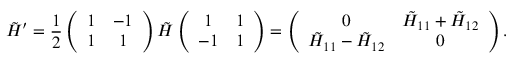
\tilde { H } ^ { \prime } = \frac 1 2 \left( \begin{array} { c c } { { 1 } } & { { - 1 } } \\ { { 1 } } & { { 1 } } \end{array} \right) \tilde { H } \left( \begin{array} { c c } { { 1 } } & { { 1 } } \\ { { - 1 } } & { { 1 } } \end{array} \right) = \left( \begin{array} { c c } { { 0 } } & { { \tilde { H } _ { 1 1 } + \tilde { H } _ { 1 2 } } } \\ { { \tilde { H } _ { 1 1 } - \tilde { H } _ { 1 2 } } } & { { 0 } } \end{array} \right) .